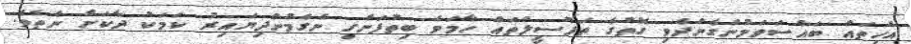
އެހީތައް ބައްސަވަމުންގެންދެވި ގޮތުގެ ތަފްސީލްތައް ހާމަވެ ބިތުފަންގި ނެގެމުންދިޔައިރު ކަމަކު ދާކަށް ނެތެވެ.